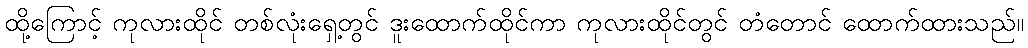
ထို့ကြောင့် ကုလားထိုင် တစ်လုံးရှေ့တွင် ဒူးထောက်ထိုင်ကာ ကုလားထိုင်တွင် တံတောင် ထောက်ထားသည်။